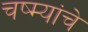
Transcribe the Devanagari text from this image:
चष्म्यांचे